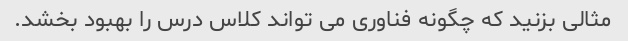
مثالی بزنید که چگونه فناوری می تواند کلاس درس را بهبود بخشد.